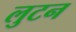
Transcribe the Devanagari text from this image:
लुटन